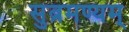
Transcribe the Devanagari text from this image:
सुब्रमण्यम्